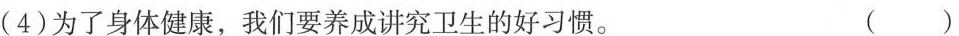
(4)为了身体健康，我们要养成讲究卫生的好习惯。()